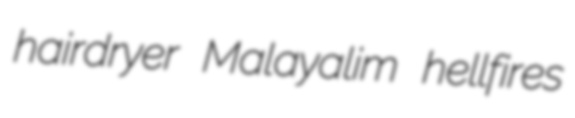
hairdryer Malayalim hellfires